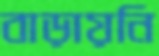
বাড়ায়নি